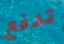
تدفع